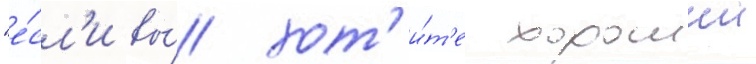
"е́сл'и вы́ хот'и́т'е хорошии